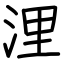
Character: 浬